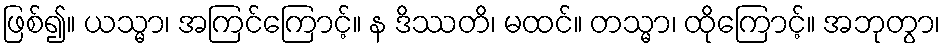
ဖြစ်၍။ ယသ္မာ၊ အကြင်ကြောင့်။ န ဒိဿတိ၊ မထင်။ တသ္မာ၊ ထိုကြောင့်။ အဘုတွာ၊